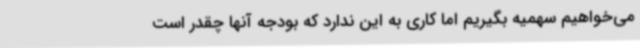
می‌خواهیم سهمیه بگیریم اما کاری به این ندارد که بودجه آنها چقدر است